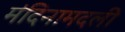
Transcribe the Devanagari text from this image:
मंदिनामदली